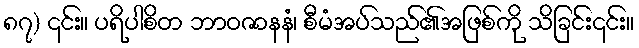
၈၇) ၎င်း။ ပရိပါစိတ ဘာဝဇာနနံ၊ စီမံအပ်သည်၏အဖြစ်ကို သိခြင်း၎င်း။